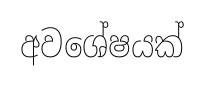
අවශේෂයක්